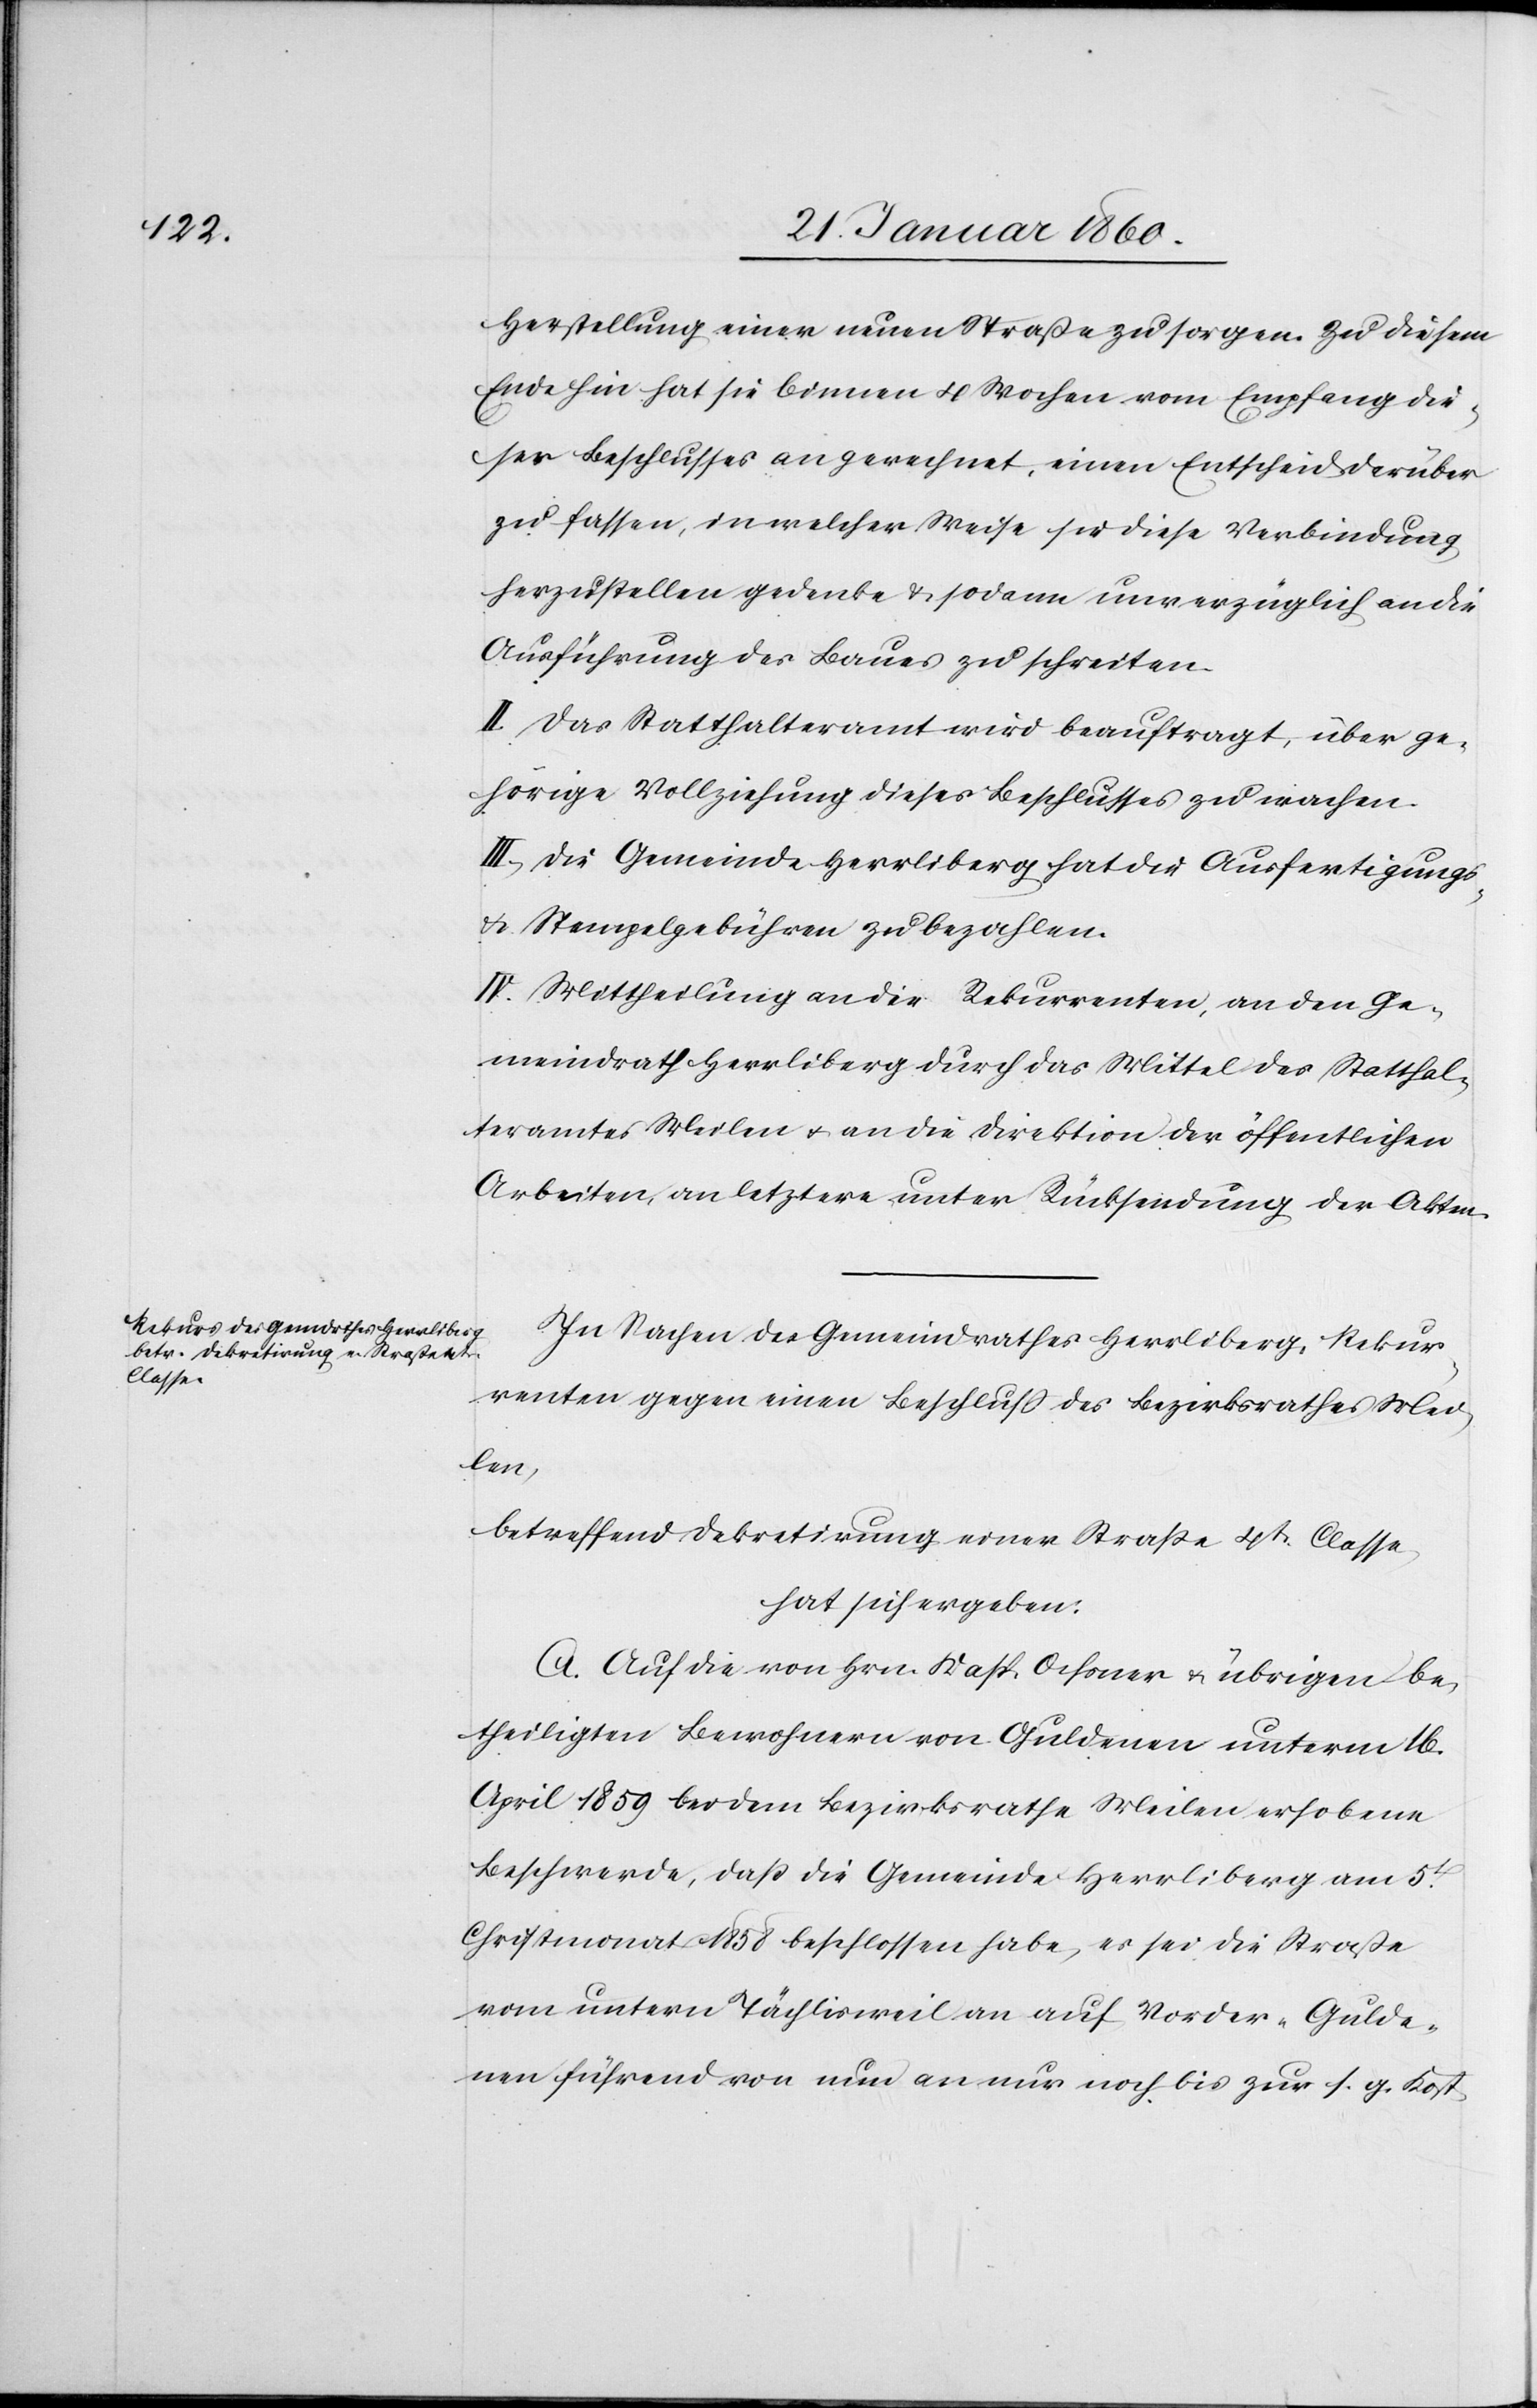
Herstellung einer neuen Strasse zu sorgen. Zu diesem
Ende hin hat sie binnen 4 Wochen vom Empfang die¬
ses Beschlusses angerechnet, einen Entscheid darüber
zu fassen, in welcher Weise sie diese Verbindung
herzustellen gedenke u. sodann unverzüglich an die
Ausführung des Baues zu schreiten.
II. Das Statthalteramt wird beauftragt, über ge¬
hörige Vollziehung dieses Beschlusses zu wachen.
III. Die Gemeinde Herrliberg hat die Ausfertigungs-
u. Stempelgebühren zu bezahlen.
IV. Mittheilung an die Rekurrenten, an den Ge¬
meindrath Herrliberg durch das Mittel des Statthal¬
teramtes Meilen u. an die Direktion der öffentlichen
Arbeiten, an letztere unter Rücksendung der Akten.
In Sachen des Gemeindrathes Herrliberg, Rekur¬
renten gegen eine Beschluss des Bezirksrathes Mei¬
len,
betreffend Dekretirung einer Strasse 4t Classe
hat sich ergeben:
A. Auf die von Hrn. Kasp. Ochsner u. übrigen be¬
theiligten Bewohnern von Guldenen unterm 16.
April 1859 bei dem Bezirksrathe Meilen erhobene
Beschwerde, dass die Gemeinde Herrliberg am 5t
Christmonat 1858 beschlossen habe, es sei die Strasse
vom untern Tächlisweil an auf Vorder-Gulde¬
nen führend von nun an nur noch bis zur s. g. Kost-